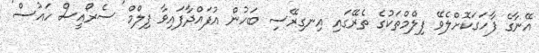
އޭނާގެ ފާހަގަކޮށްލެވޭ ފިލްމްތަކުގެ ތެރޭގައި އިނގިރޭސި ބަހުން އުފައްދާފައިވާ ފިލްމް 'ސެރޯއީސް ހައުސް'